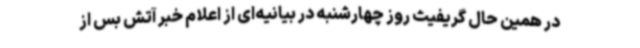
در همین حال گریفیث روز چهارشنبه در بیانیه‌ای از اعلام خبر آتش بس از